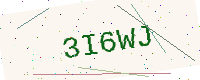
Text: 3I6WJ